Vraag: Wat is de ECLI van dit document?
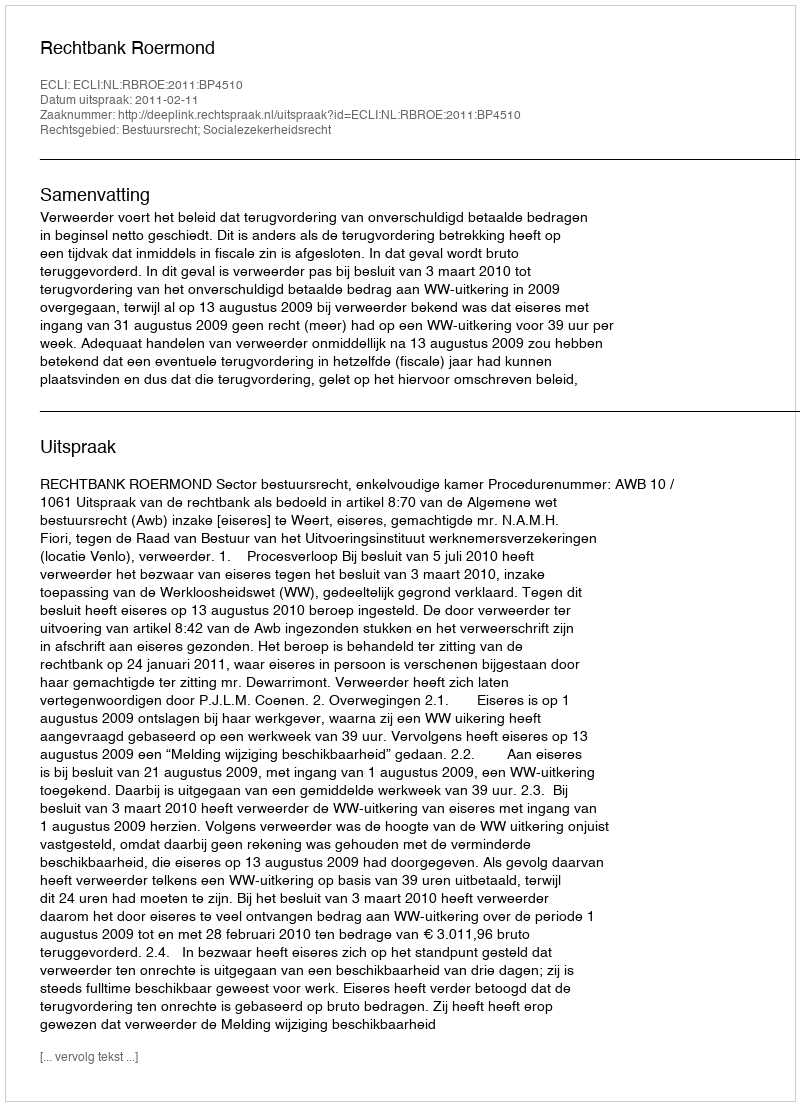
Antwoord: ECLI:NL:RBROE:2011:BP4510